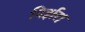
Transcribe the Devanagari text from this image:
निर्झर।